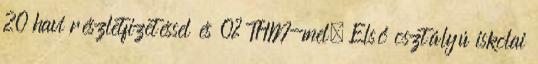
20 havi részletfizetéssel és 0% THM-mel. Első osztályú iskolai